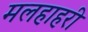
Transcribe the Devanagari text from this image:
मलहाहरी